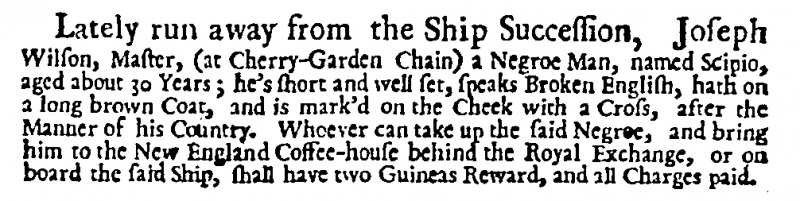
Daily Post, 10 December 1725 (England)
Lately run away from the Ship Succession, Joseph Wilson, Master, (at Cherry-Garden Chain) a Negroe Man, named Scipio, aged about 30 Years; he’s short and well set, speaks Broken English, hath on a long brown Coat, and is mark’d on the Cheek with a Cross, after the Manner of his Country. Whoever can take up the said Negroe, and bring him to the New England Coffee-house behind the Royal Exchange, or on board the said Ship, shall have two Guineas Reward, and all Charges paid.